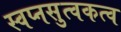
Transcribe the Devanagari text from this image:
स्वप्नसुत्वकत्व